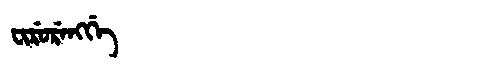
Manchu: ᠸᡳᡵᡠᡵᡝᠩᡤᡝ
Romanization: FIRURENGGE